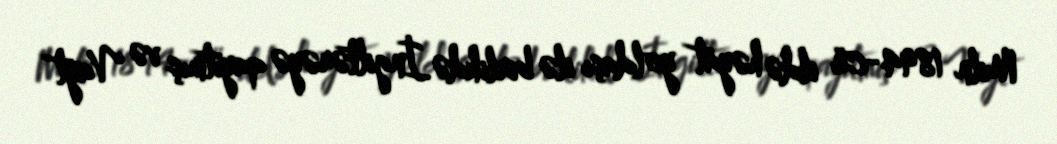
Miln 1894-cü ildə həyat yoldaşı ilə birlikdə İngiltərəyə qayıtmış və Vayt